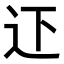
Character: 𨑜